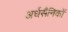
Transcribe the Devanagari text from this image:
अर्धसैनिकों